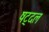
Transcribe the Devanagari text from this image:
षट्दल